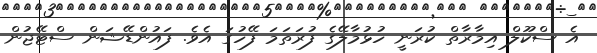
އެ ސްކޫލް އިމާރާތް ކުރަނީ ހުޅުމާލޭގެ ފުރަތަމަ ފޭހުގަ އެވެ. ފައުންޑޭޝަން ސްޓޭޖުން